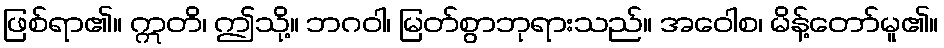
ဖြစ်ရာ၏။ ဣတိ၊ ဤသို့။ ဘဂဝါ၊ မြတ်စွာဘုရားသည်။ အဝေါစ၊ မိန့်တော်မူ၏။